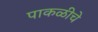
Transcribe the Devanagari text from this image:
पाकळीचे